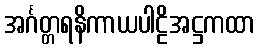
အင်္ဂတ္တရနိကာယပါဠိအဋ္ဌကထာ